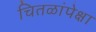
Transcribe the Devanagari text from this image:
चितळांपेक्षा